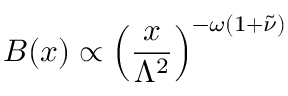
B ( x ) \propto \left( \frac { x } { \Lambda ^ { 2 } } \right) ^ { - \omega ( 1 + \tilde { \nu } ) }